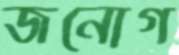
জনোগ